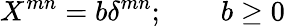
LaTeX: X^{mn}=b\delta^{mn};\qquad b\geq 0